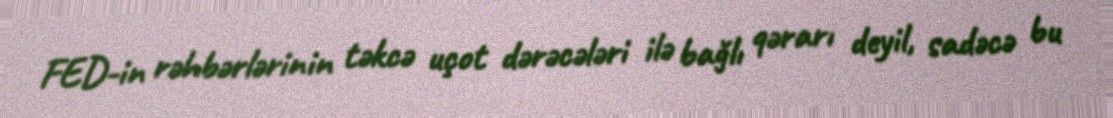
FED-in rəhbərlərinin təkcə uçot dərəcələri ilə bağlı qərarı deyil, sadəcə bu